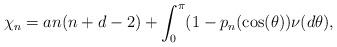
LaTeX: \begin{align*} \chi_{n} = a n(n+d -2) + \int_{0}^{\pi}(1 - p_{n}(\cos(\theta))\nu(d\theta),\end{align*}